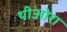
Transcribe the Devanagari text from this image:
थीओरा